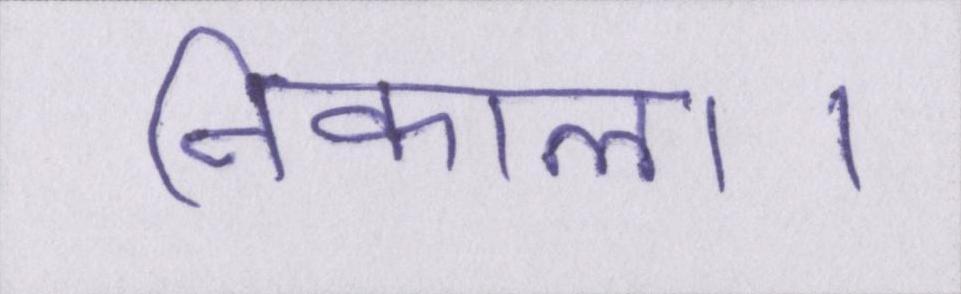
निकाला।